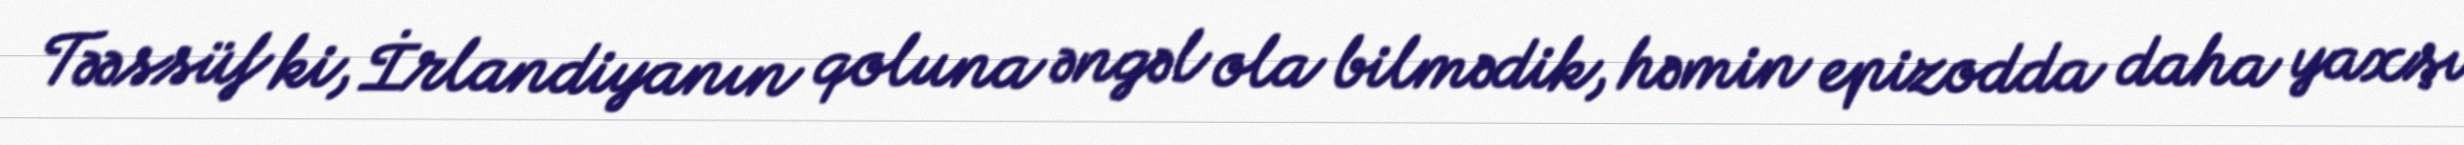
Təəssüf ki, İrlandiyanın qoluna əngəl ola bilmədik, həmin epizodda daha yaxşı